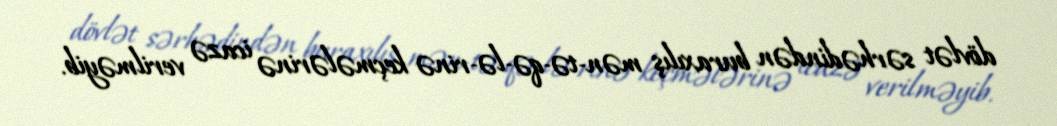
dövlət sərhədindən buraxılış mən­tə­qə­lə­rinə keçmələrinə icazə verilməyib.